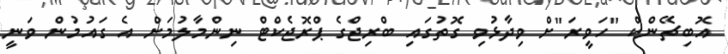
އޮބިޗޭންކް "ހަވީރަ"ށް ވިދާޅުވި ގޮތުގައި ބްރިޖްގެ ޕްރޮޖެކްޓް ނިންމާލުމަށް އެ ގައުމުން ވަނީ